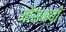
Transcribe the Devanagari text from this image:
मौसम्बी